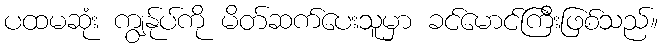
ပထမဆုံး ကျွန်ုပ်ကို မိတ်ဆက်ပေးသူမှာ ခင်မောင်ကြီးဖြစ်သည်။